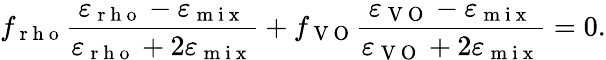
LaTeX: f_{\mathrm{~r~h~o~}}\frac{\varepsilon_{\mathrm{~r~h~o~}}-\varepsilon_{\mathrm{~m~i~x~}}}{\varepsilon_{\mathrm{~r~h~o~}}+2\varepsilon_{\mathrm{~m~i~x~}}}+f_{\mathrm{~V~O~}}\frac{\varepsilon_{\mathrm{~V~O~}}-\varepsilon_{\mathrm{~m~i~x~}}}{\varepsilon_{\mathrm{~V~O~}}+2\varepsilon_{\mathrm{~m~i~x~}}}=0.